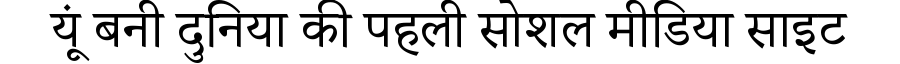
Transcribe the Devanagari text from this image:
यूं बनी दुनिया की पहली सोशल मीडिया साइट